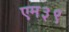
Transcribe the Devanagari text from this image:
एम३९